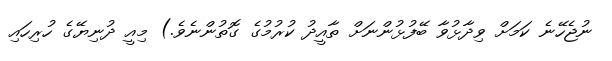
ނުޖެހޭނެ ކަމަށް ވިދާޅުވާ ބޭފުޅުންނަށް ތާއީދު ކުރުމުގެ ގޮތުންނެވެ.) މިއީ ދުނިޔޭގެ ހުރިހައި